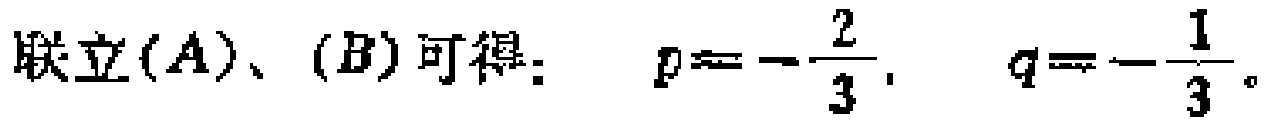
联立$(A)、(B)可得：\quad p = -\frac{2}{3},\quad q = -\frac{1}{3}。$